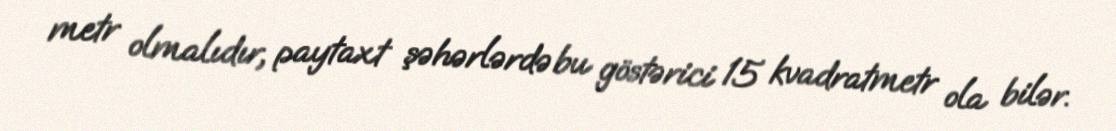
metr olmalıdır, paytaxt şəhərlərdə bu göstərici 15 kvadratmetr ola bilər.